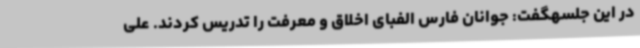
در این جلسهگفت: جوانان فارس الفبای اخلاق و معرفت را تدریس کردند. علی